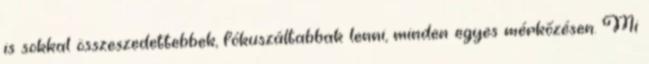
is sokkal összeszedettebbek, fókuszáltabbak lenni, minden egyes mérkőzésen. Mi